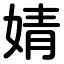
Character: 婧